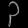
Digit: ၃